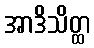
အာဒိသိတ္ထ